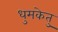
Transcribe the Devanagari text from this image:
धुमकेतु